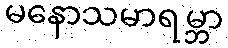
မနောသမာရမ္ဘာ